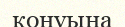
конуына